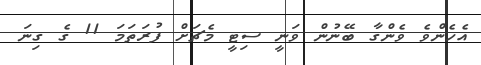
އެހެންވެ ވެންގާ ބޭނުން ވަނީ ސިޓީ މެޗަށް ފުރަތަމަ 11 ގެ ގިނަ